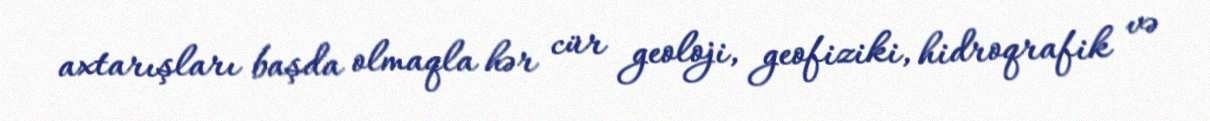
axtarışları başda olmaqla hər cür geoloji, geofiziki, hidroqrafik və